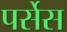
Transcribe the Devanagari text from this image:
पर्सेस